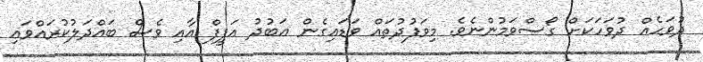
ދުވަހެއް ދުވަހަކަށް ގޯސްވަމުންނެވެ. މިވަފުދުތައް ވަޑައިގެން ޢަބުދު އަފީފް އާއި ވެސް ބައްދަލުކުރައްވައި